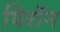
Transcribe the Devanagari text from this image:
पिरॉन